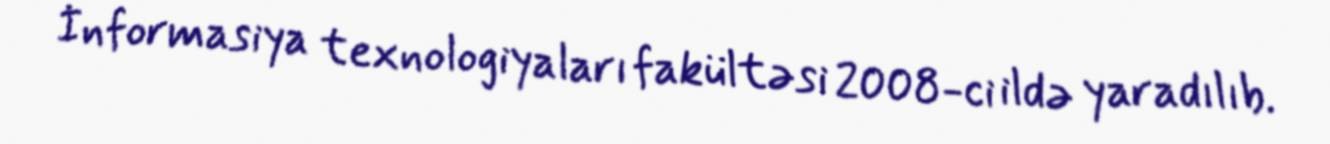
İnformasiya texnologiyaları fakültəsi 2008-ci ildə yaradılıb.